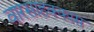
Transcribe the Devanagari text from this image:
वारसाहक्कास